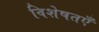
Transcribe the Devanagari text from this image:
विशेषतएँ